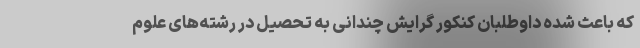
که باعث شده داوطلبان کنکور گرایش چندانی به تحصیل در رشته‌های علوم